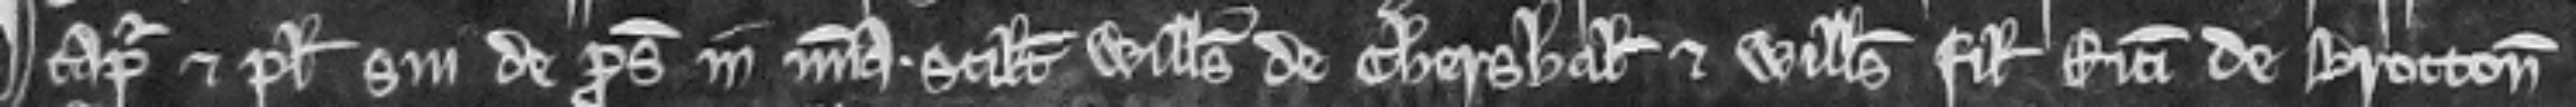
capiatur et plegii sui de prose-quendo in misericordia scilicet Willemus de Chershal et Willemus filius Ricardi de Brocton